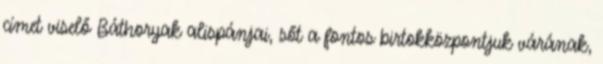
címet viselő Báthoryak alispánjai, sőt a fontos birtokközpontjuk várának,